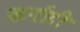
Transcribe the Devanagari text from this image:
कर्नाटी